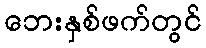
ဘေးနှစ်ဖက်တွင်